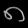
Digit: ၈